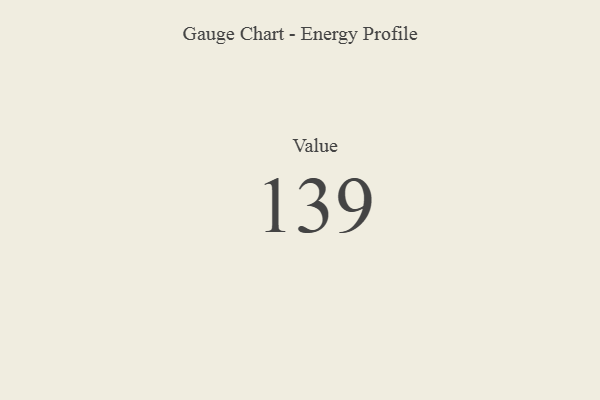
{"axis": {"x": "Metric", "y": "Value"}, "legend": [""], "data": [{"x": "Value", "y": 139, "type": ""}]}